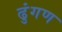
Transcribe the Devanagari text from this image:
ढुंगण